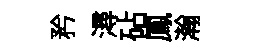
矜潯砧鳳瀚